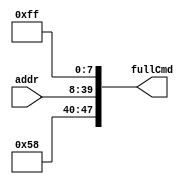
module commandGen(fullCmd,addr);
input[31:0] addr;
output[47:0] fullCmd;

wire[47:0] fullCmd;
wire[31:0] addr;
assign fullCmd = {8'b01011000,{addr},8'b1111_1111};

endmodule